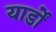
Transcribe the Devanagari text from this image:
यार्डों